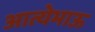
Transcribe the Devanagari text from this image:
आत्येभाऊ